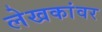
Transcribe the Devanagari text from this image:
लेखकांवर